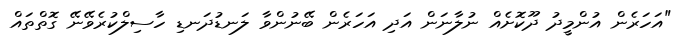
"އަހަރެން އުންމީދު ދޫކޮށެއް ނުލާނަން އަދި އަހަރެން ބޭނުންވާ ލަނޑުދަނޑި ހާސިލްކުރެވޭނޭ ގޮތްތައް